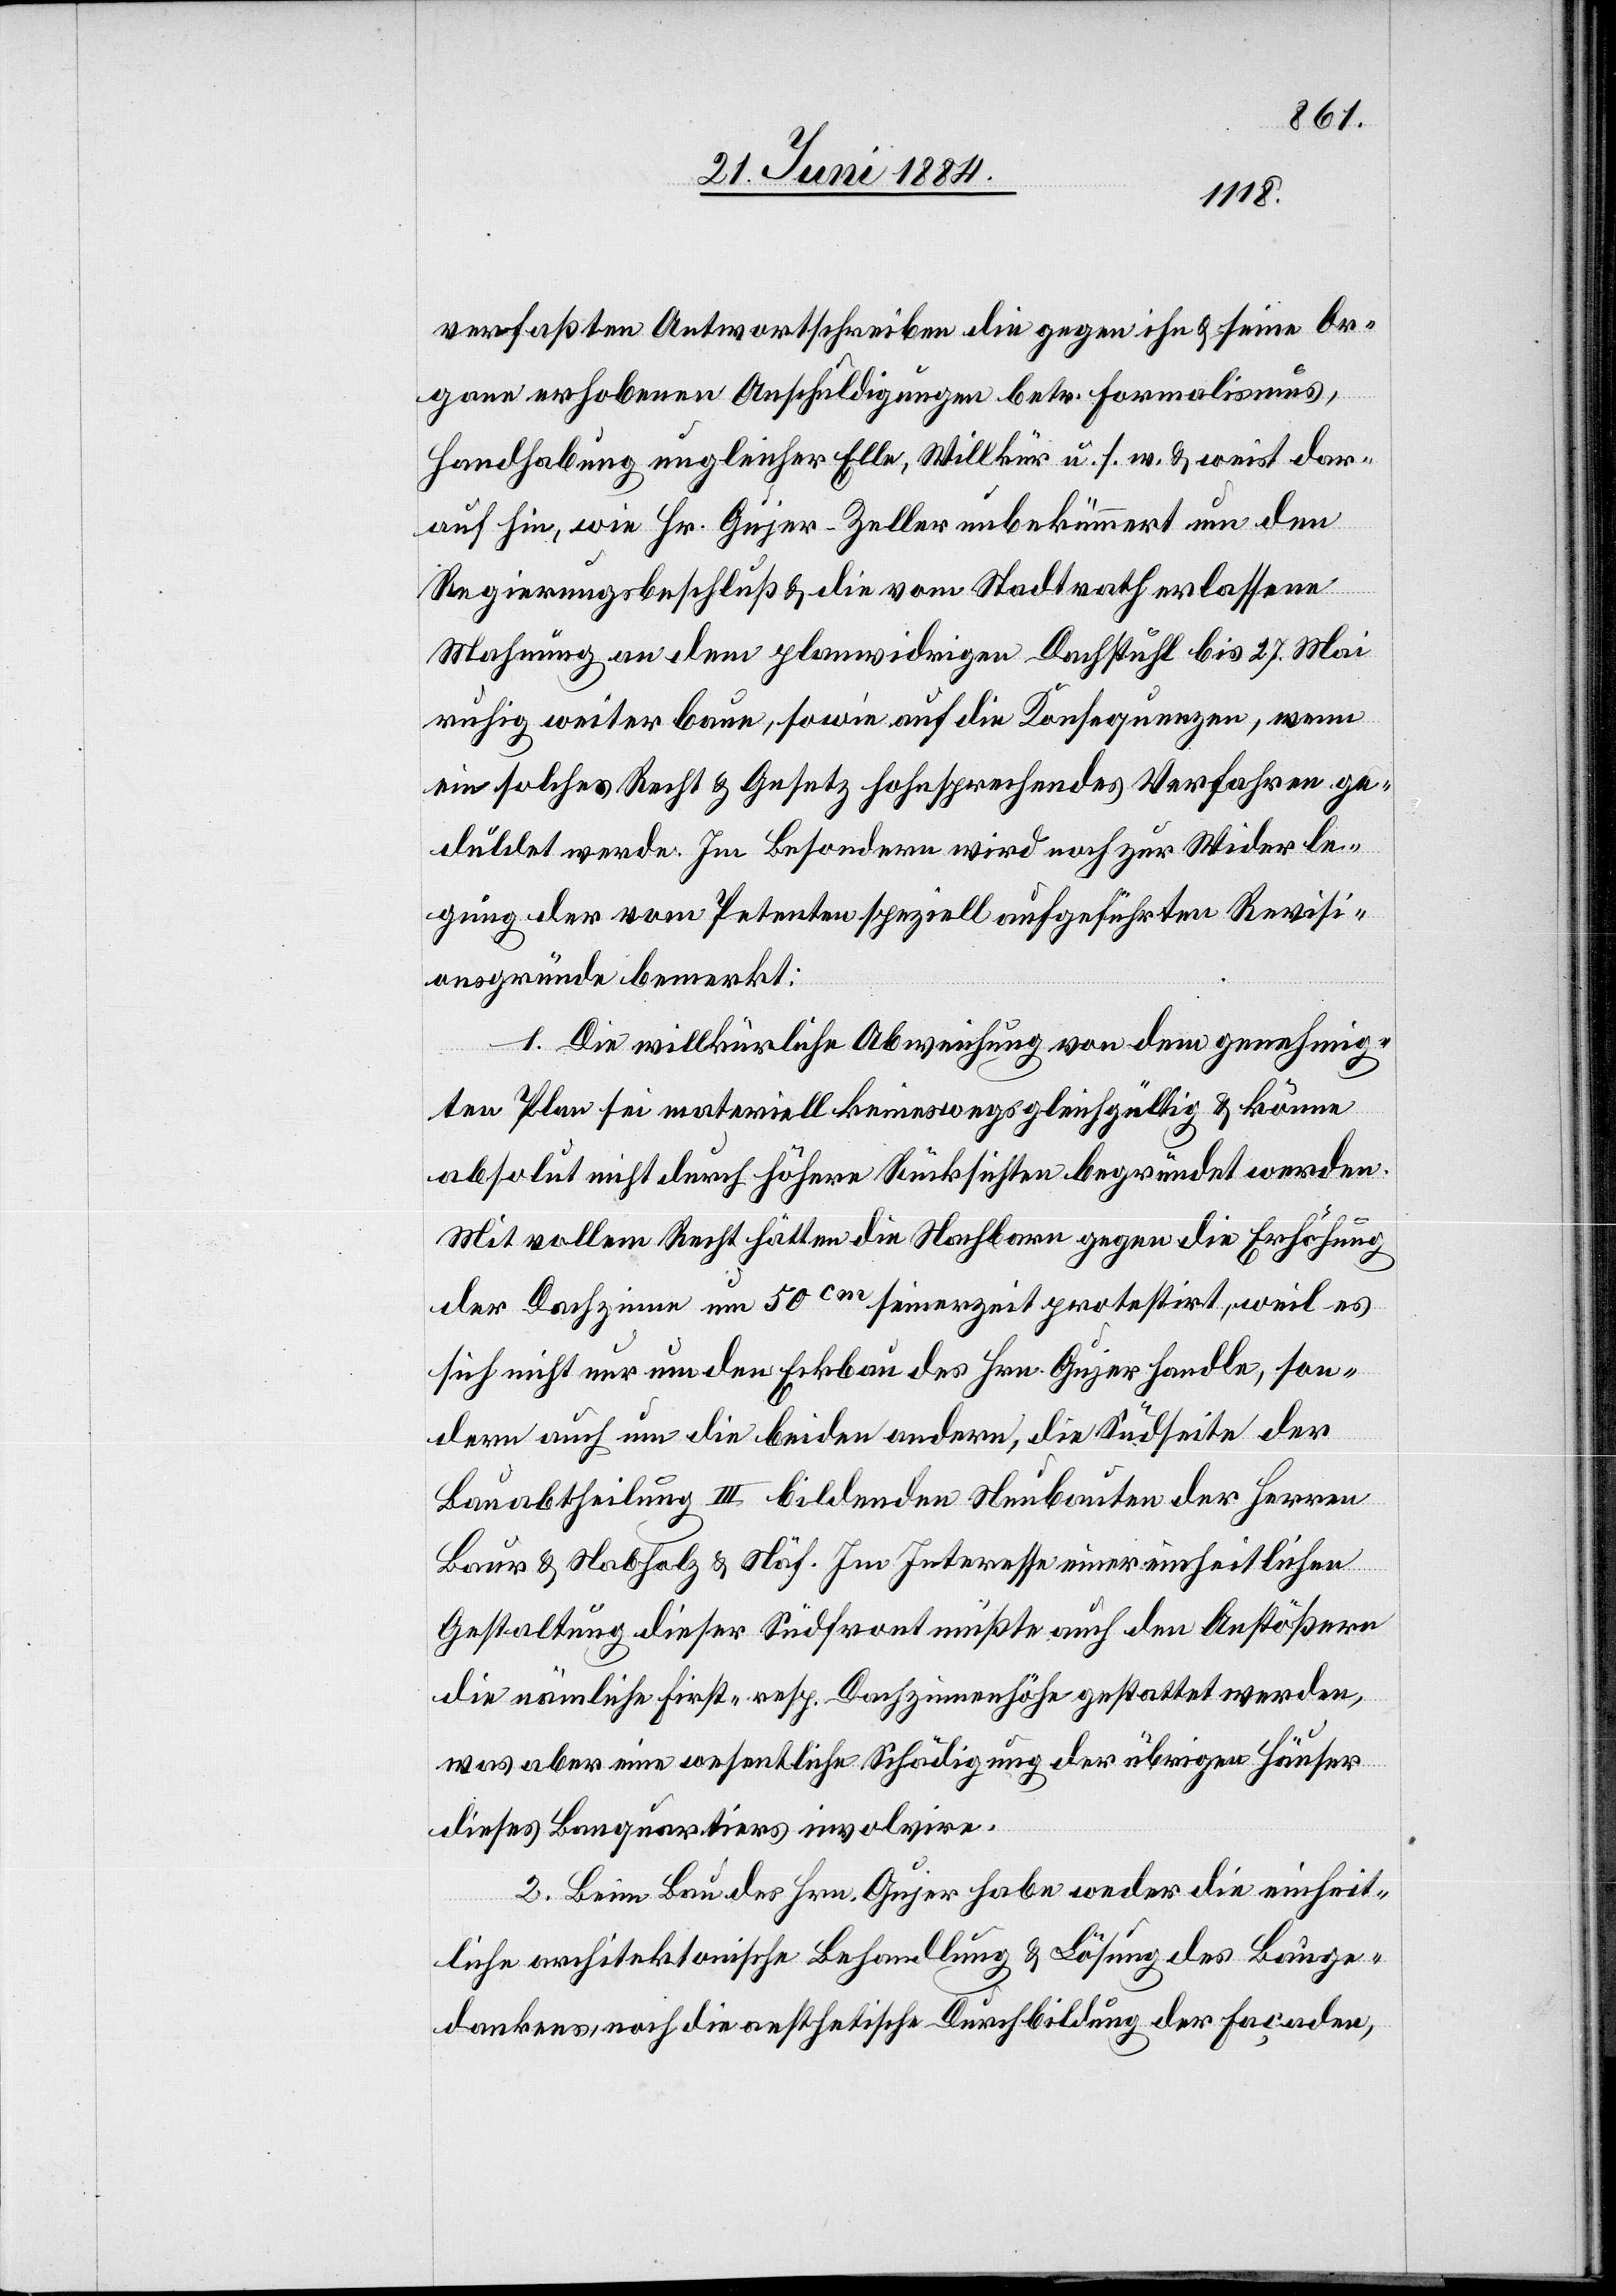
verfaßten Antwortschreiben die gegen ihn & seine Or¬
gane erhobenen Anschuldigungen betr. Formalismus,
Handhabung ungleicher Elle, Willkür u. s. w. & weist dar¬
auf hin, wie Hr. Gujer-Zeller unbekümmert um den
Regierungsbeschluß & die vom Stadtrath erlassene
Mahnung an dem planwidrigen Dachstuhl bis 27. Mai
ruhig weiter baue, sowie auf die Konsequenzen, wenn
ein solches Recht & Gesetz hohesprechendes Verfahren ge¬
duldet werde. Im Besondern wird noch zur Widerle¬
gung der vom Petenten speziell aufgeführten Revisi¬
onsgrunde bemerkt:
1. Die willkürliche Abweichung von dem genehmig¬
ten Plan sei materiell keineswegs gleichgültig & könne
absolut nicht durch höhere Rücksichten begründet werden.
Mit vollem Recht hätten die Nachbarn gegen die Erhöhung
der Dachzimmer um 50cm seinerzeit protestirt, weil es
sich nicht nur um den Eckbau des Hrn. Gujer handle, son¬
dern auch um die beiden andern, die Südseite der
Bauabtheilung III bildenden Neubauten der Herren
Baur & Nabholz & Näf. Im Interesse einer einheitlichen
Gestaltung dieser Südfront müßte auch den Anstößern
die nämliche First- resp. Dachzimmerhöhe gestattet werden,
was aber eine wesentliche Schädigung der übrigen Häuser
dieses Bauquartiers involvire.
2. Beim Bau des Hrn. Gujer habe weder die einheit¬
liche architektonische Behandlung & Lösung des Bauge¬
dankens, noch die aesthetische Durchbildung der Façaden,